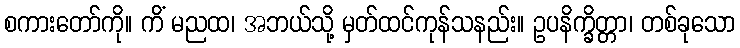
စကားတော်ကို။ ကိံ မညထ၊ အဘယ်သို့ မှတ်ထင်ကုန်သနည်း။ ဥပနိက္ခိတ္တာ၊ တစ်ခုသော